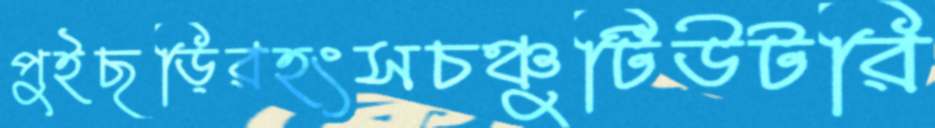
পুইছড়িরহংসচঞ্চুটিউটরি